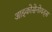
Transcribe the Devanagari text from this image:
आइकोसेनोयड्स